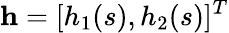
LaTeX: {\mathbf h}=[h_{1}(s),h_{2}(s)]^{T}